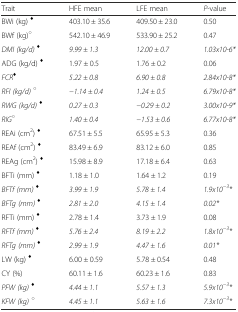
<table><thead><tr><td><b>Trait</b></td><td><b>HFE mean</b></td><td><b>LFE mean</b></td><td><b><i>P</i>-value</b></td></tr></thead><tbody><tr><td>BWi (kg) <sup>♦</sup></td><td>403.10 ± 35.6</td><td>409.50 ± 23.0</td><td>0.50</td></tr><tr><td>BWf (kg)<sup>○</sup></td><td>542.10 ± 46.9</td><td>533.90 ± 25.2</td><td>0.47</td></tr><tr><td><i>DMI (kg/d)</i><sup><i>♦</i></sup></td><td><i>9.99 ± 1.3</i></td><td><i>12.00 ± 0.7</i></td><td><i>1.03x10-6*</i></td></tr><tr><td>ADG (kg/d) <sup>♦</sup></td><td>1.97 ± 0.5</td><td>1.76 ± 0.2</td><td>0.06</td></tr><tr><td><i>FCR</i><sup><i>♦</i></sup></td><td><i>5.22 ± 0.8</i></td><td><i>6.90 ± 0.8</i></td><td><i>2.84x10-8*</i></td></tr><tr><td><i>RFI (kg/d)</i><sup><i>○</i></sup></td><td><i>−1.14 ± 0.4</i></td><td><i>1.24 ± 0.5</i></td><td><i>6.79x10-8*</i></td></tr><tr><td><i>RWG (kg/d)</i><sup><i>♦</i></sup></td><td><i>0.27 ± 0.3</i></td><td><i>−0.29 ± 0.2</i></td><td><i>3.00x10-9*</i></td></tr><tr><td><i>RIG</i><sup><i>○</i></sup></td><td><i>1.40 ± 0.4</i></td><td><i>−1.53 ± 0.6</i></td><td><i>6.77x10-8*</i></td></tr><tr><td>REAi (cm<sup>2</sup>) <sup><i>♦</i></sup></td><td>67.51 ± 5.5</td><td>65.95 ± 5.3</td><td>0.36</td></tr><tr><td>REAf (cm<sup>2</sup>) <sup><i>♦</i></sup></td><td>83.49 ± 6.9</td><td>83.12 ± 6.0</td><td>0.85</td></tr><tr><td>REAg (cm<sup>2</sup>) <sup><i>♦</i></sup></td><td>15.98 ± 8.9</td><td>17.18 ± 6.4</td><td>0.63</td></tr><tr><td>BFTi (mm) <sup><i>♦</i></sup></td><td>1.18 ± 1.0</td><td>1.64 ± 1.2</td><td>0.19</td></tr><tr><td><i>BFTf (mm)</i><sup><i>♦</i></sup></td><td><i>3.99 ± 1.9</i></td><td><i>5.78 ± 1.4</i></td><td><i>1.9x10</i><sup><i>−3</i></sup><i>*</i></td></tr><tr><td><i>BFTg (mm)</i><sup><i>♦</i></sup></td><td><i>2.81 ± 2.0</i></td><td><i>4.15 ± 1.4</i></td><td><i>0.02*</i></td></tr><tr><td>RFTi (mm) <sup><i>♦</i></sup></td><td>2.78 ± 1.4</td><td>3.73 ± 1.9</td><td>0.08</td></tr><tr><td><i>RFTf (mm)</i><sup><i>♦</i></sup></td><td><i>5.76 ± 2.4</i></td><td><i>8.19 ± 2.2</i></td><td><i>1.8x10</i><sup><i>−3</i></sup><i>*</i></td></tr><tr><td><i>RFTg (mm)</i><sup><i>♦</i></sup></td><td><i>2.99 ± 1.9</i></td><td><i>4.47 ± 1.6</i></td><td><i>0.01*</i></td></tr><tr><td>LW (kg) <sup><i>♦</i></sup></td><td>6.00 ± 0.59</td><td>5.78 ± 0.54</td><td>0.48</td></tr><tr><td>CY (%)</td><td>60.11 ± 1.6</td><td>60.23 ± 1.6</td><td>0.83</td></tr><tr><td><i>PFW (kg)</i><sup><i>♦</i></sup></td><td><i>4.44 ± 1.1</i></td><td><i>5.57 ± 1.3</i></td><td><i>5.9x10</i><sup><i>−3</i></sup><i>*</i></td></tr><tr><td><i>KFW (kg)</i><sup><i>○</i></sup></td><td><i>4.45 ± 1.1</i></td><td><i>5.63 ± 1.6</i></td><td><i>7.3x10</i><sup><i>−3</i></sup><i>*</i></td></tr></tbody></table>